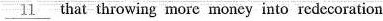
\underline{11} that throwing more money into redecoration